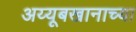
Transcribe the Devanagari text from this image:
अय्यूबखानाच्या